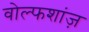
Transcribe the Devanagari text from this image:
वोल्फशांज़